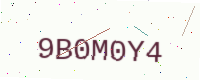
Text: 9B0M0Y4